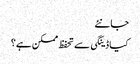
جانئے
کیا ڈینگی سے تحفظ ممکن ہے؟